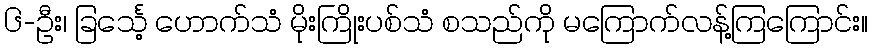
၆-ဦး၊ ခြင်္သေ့ ဟောက်သံ မိုးကြိုးပစ်သံ စသည်ကို မကြောက်လန့်ကြကြောင်း။